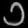
Digit: ၁